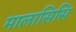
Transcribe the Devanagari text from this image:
मालासिसि